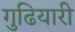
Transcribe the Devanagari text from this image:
गुढियारी